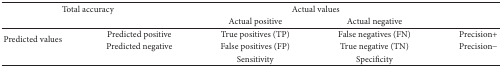
| <COLSPAN=2> Total accuracy | <COLSPAN=2> Actual values |  |
 | <COLSPAN=2>  | Actual positive | Actual negative |  |
 | --- | --- | --- | --- | --- |
 | <ROWSPAN=2> Predicted values | Predicted positive | True positives (TP) | False negatives (FN) | Precision+ |
 | Predicted negative | False positives (FP) | True negative (TN) | Precision− |
 |  |  | Sensitivity | Specificity |  |